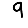
Digit: 9